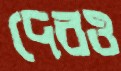
দেরও